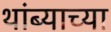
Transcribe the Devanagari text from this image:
थांब्याच्या